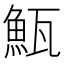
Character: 𩶏